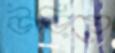
উড়িয়ে